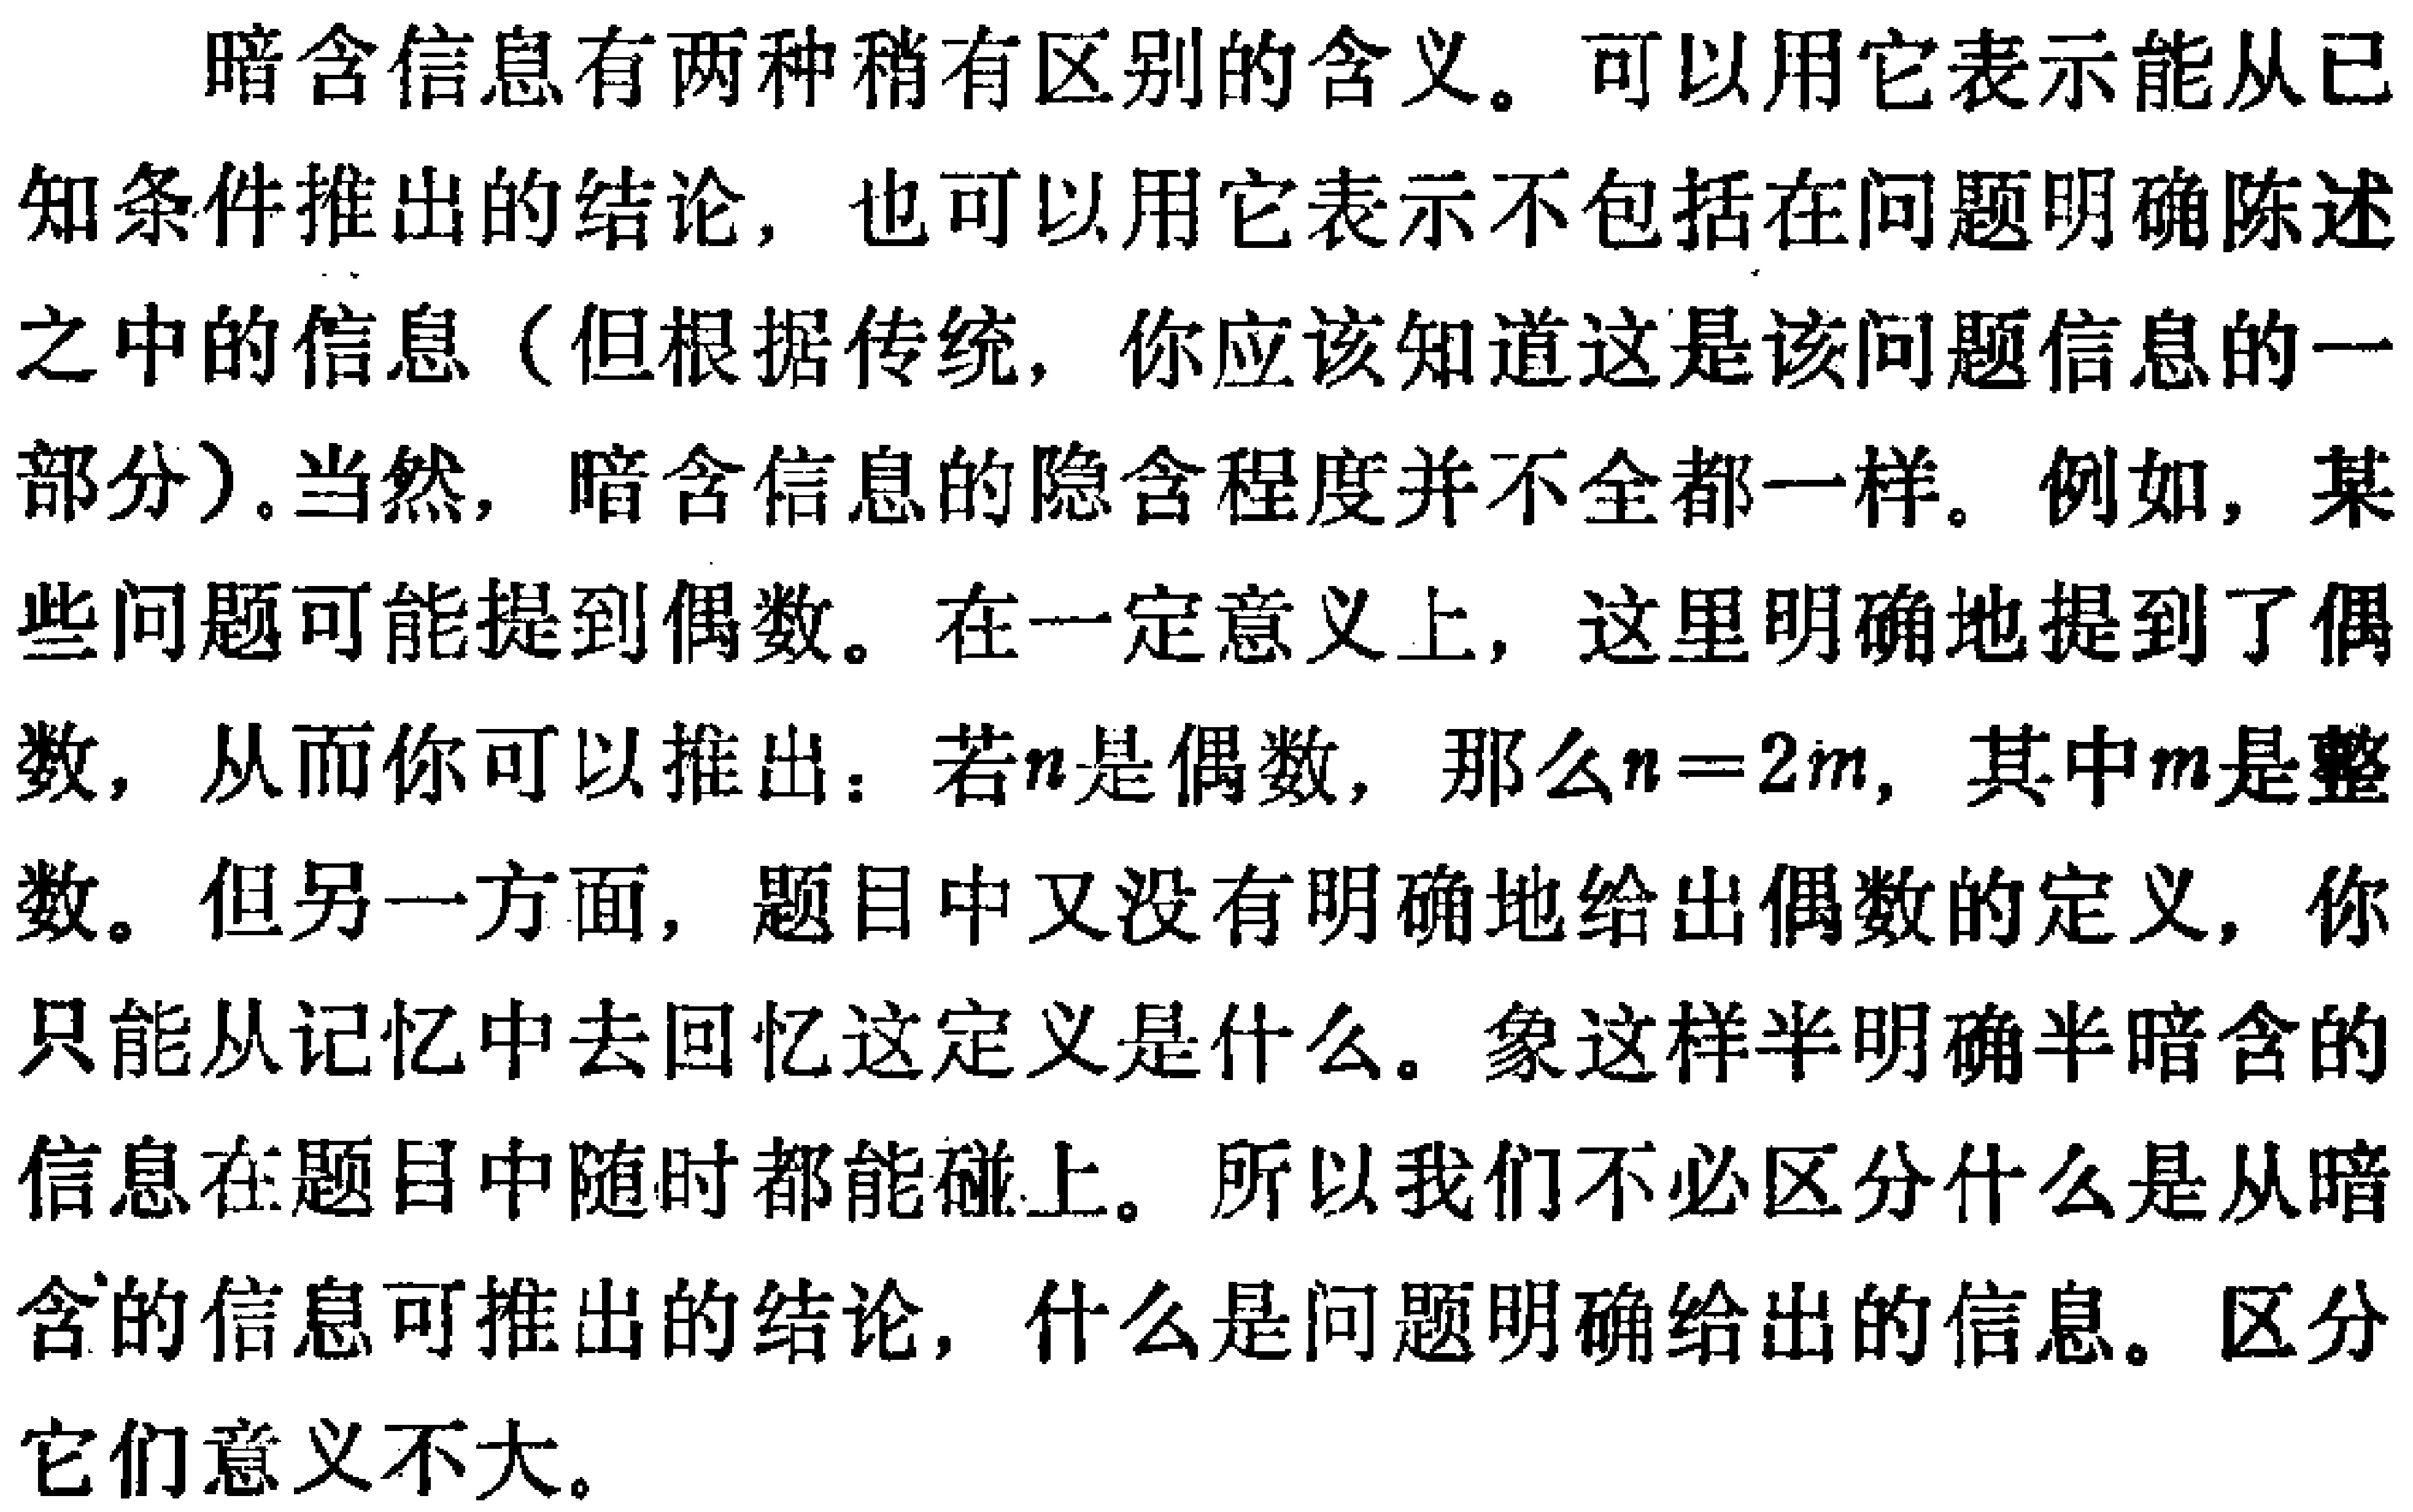
暗含信息有两种稍有区别的含义。可以用它表示能从已知条件推出的结论，也可以用它表示不包括在问题明确陈述之中的信息（但根据传统，你应该知道这是该问题信息的一部分）。当然，暗含信息的隐含程度并不全都一样。例如，某些问题可能提到偶数。在一定意义上，这里明确地提到了偶数，从而你可以推出：若\(n\)是偶数，那么\(n = 2m\)，其中\(m\)是整数。但另一方面，题目中又没有明确地给出偶数的定义，你只能从记忆中去回忆这定义是什么。象这样半明确半暗含的信息在题目中随时都能碰上。所以我们不必区分什么是从暗含的信息可推出的结论，什么是问题明确给出的信息。区分它们意义不大。